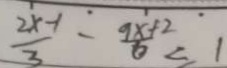
\frac { 2 x - 1 } { 3 } - \frac { 9 x + 2 } { 6 } < 1